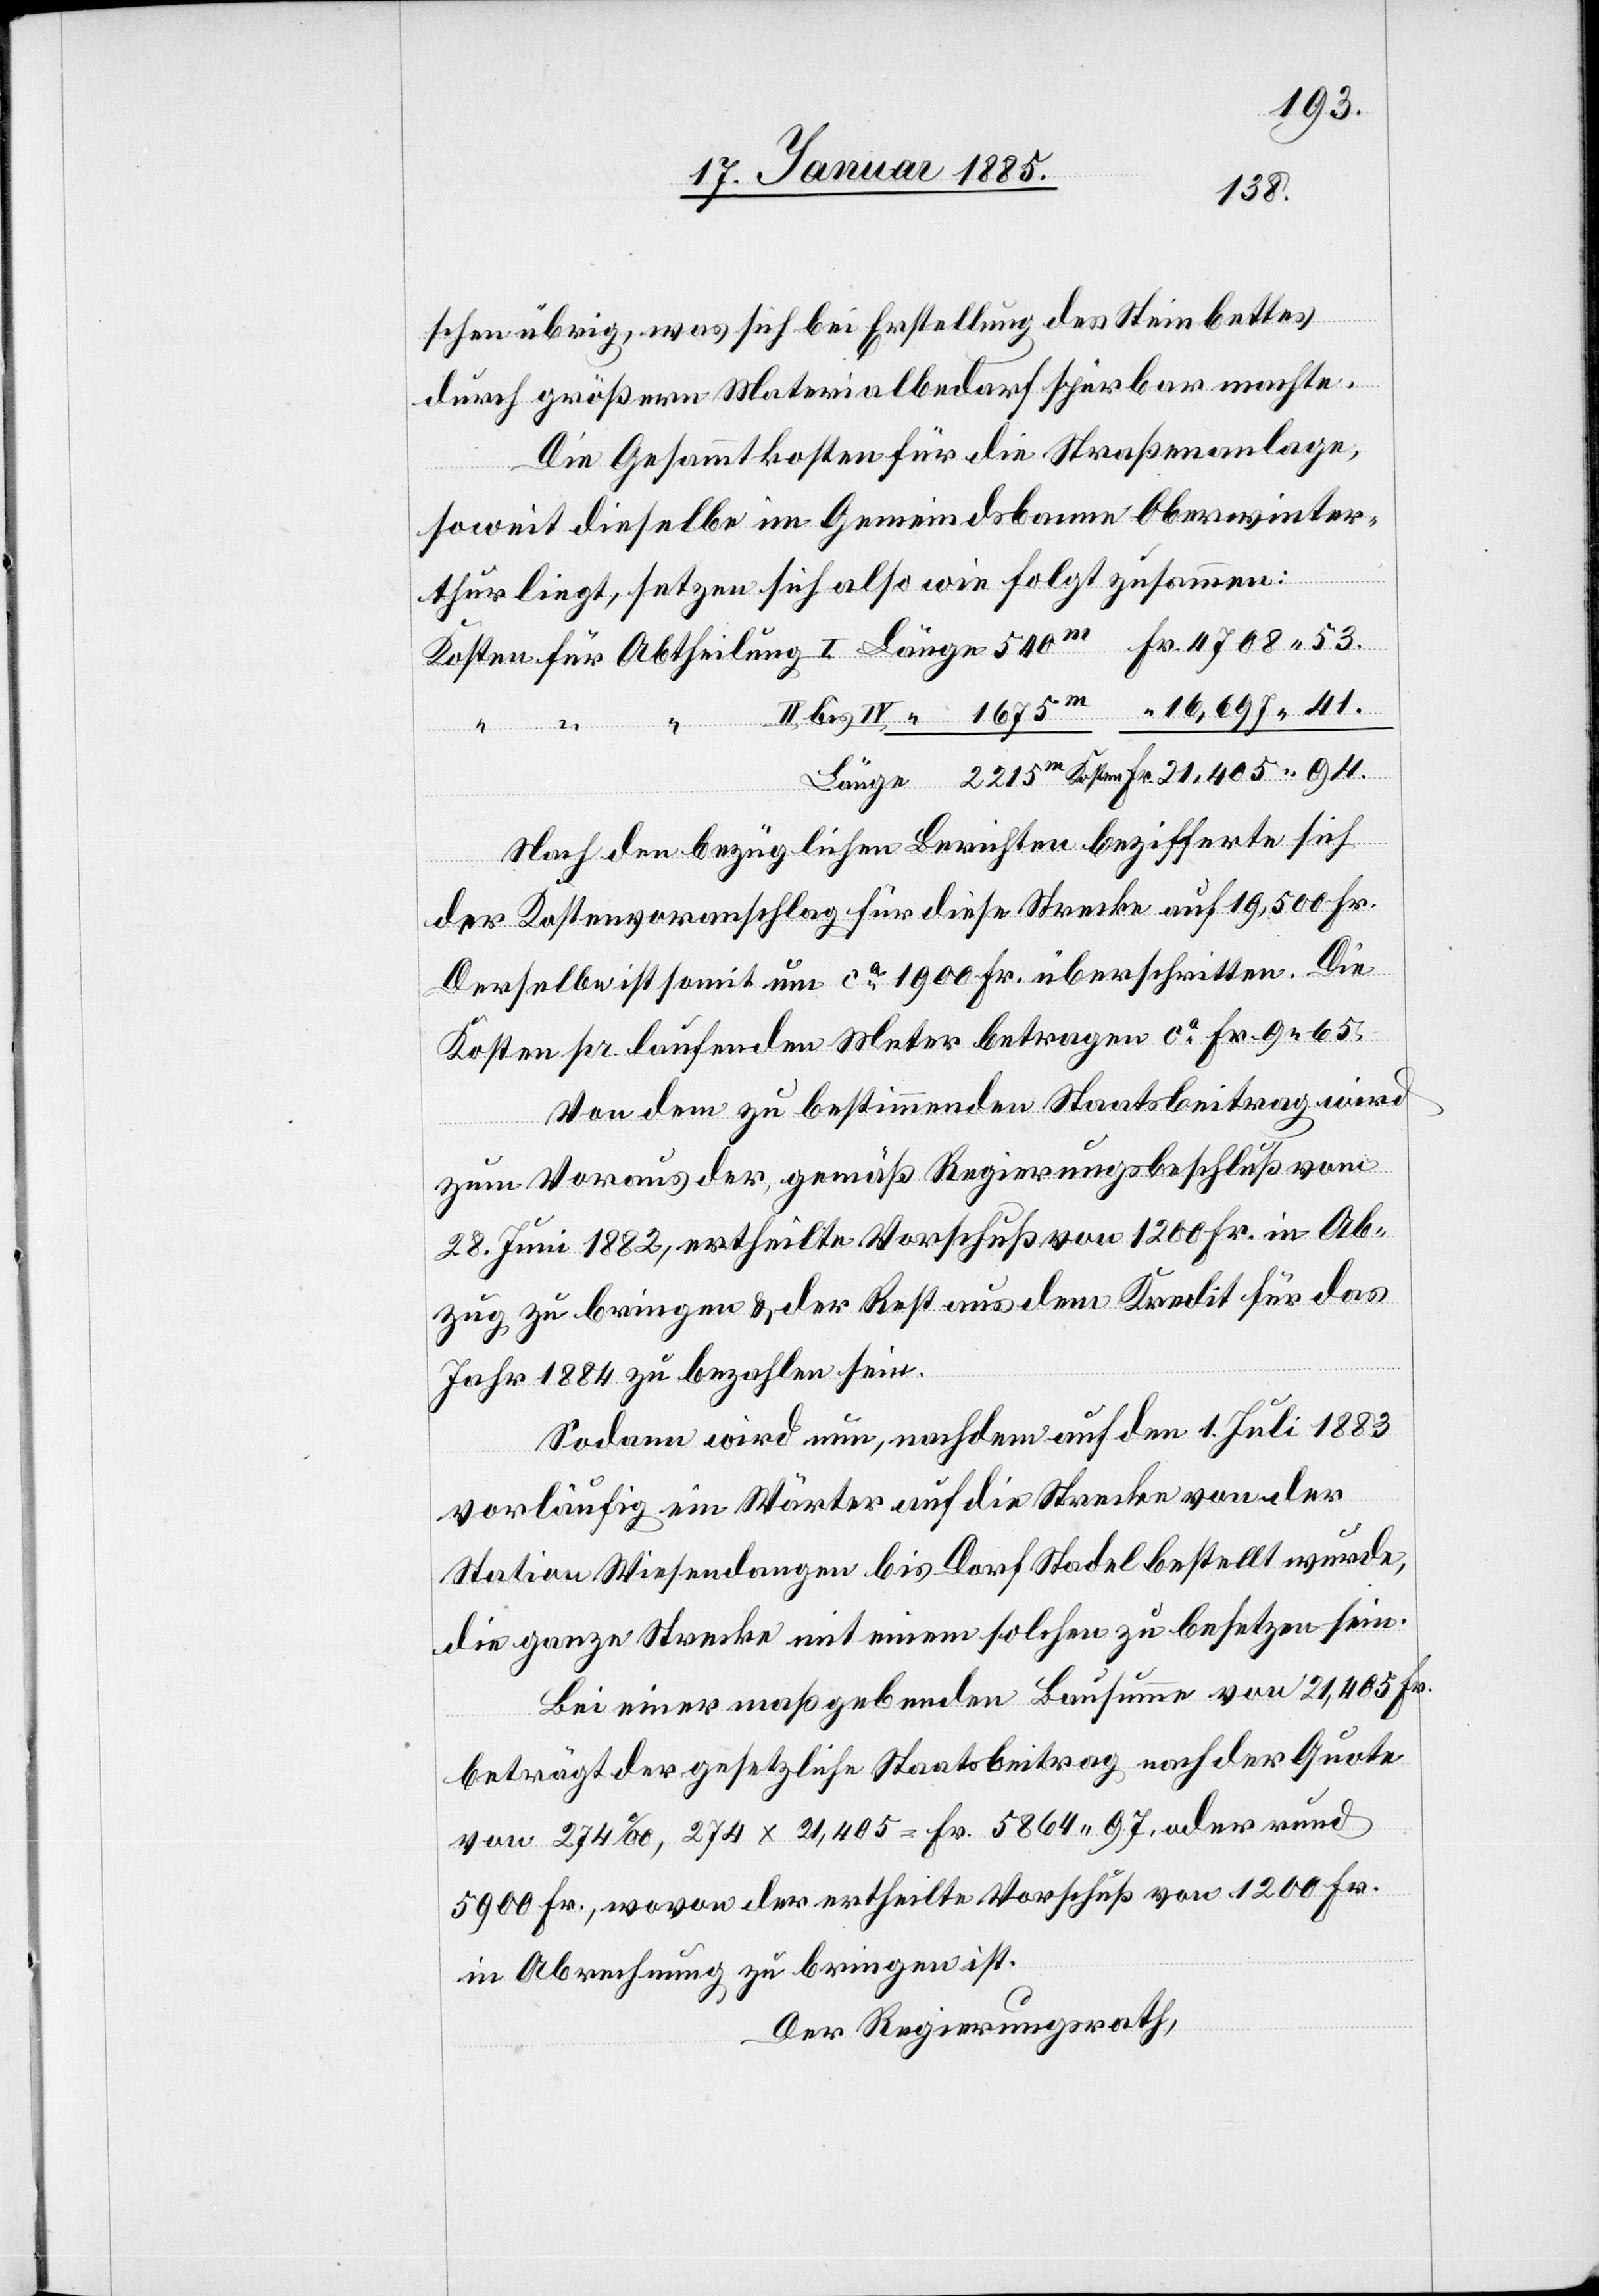
4708 53.
zen sein.
schen übrig, was sich bei Erstellung es Steinbettes
durch größern Materialbedarf spürbar machte.
Die Gesammtkosten für die Straßenanlage,
soweit dieselbe im Gemeindsbanne Oberwinter¬
thur liegt, setzen sich also wie folgt zusammen:
Nach den bezüglichen Berichten bezifferte sich
der Kostenvoranschlag für diese Strecke auf 19,500 Fr.
Derselbe ist somit um ca 1900 Fr. überschritten. Die
Kosten pr. laufenden Meter betragen ca Fr. 9 65.
Von dem zu bestimmenden Staatsbeitrag wird
zum Voraus der, gemäß Regierungsbeschluß vom
28. Juni 1882, ertheilte Vorschuß von 1200 Fr. in Ab¬
zug zu bringen & der Rest aus dem Kredit für das
Jahr 1884 zu bezahlen. sein.
Sodann wird nun, nachdem auf den 1. Juli 1883
vorläufig ein Wärter auf die Strecke von der
Bei einer maßgebenden Bausumme von 21,405 Fr.
beträgt der gesetzliche Staatsbeitrag nach der Quote
von 274‰, 274 x 21,405 = Fr. 5864 97, oder rund
5900 Fr., wovon der ertheilte Vorschuß von 1200 Fr.
in Abrechnung zu bringen ist.
Der Regierungsrath,